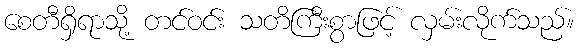
စေတီရှိရာသို့ တင်ဝင်း သတိကြီးစွာဖြင့် လှမ်းလိုက်သည်။